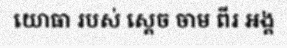
យោធា របស់ ស្តេច ចាម ពីរ អង្គ